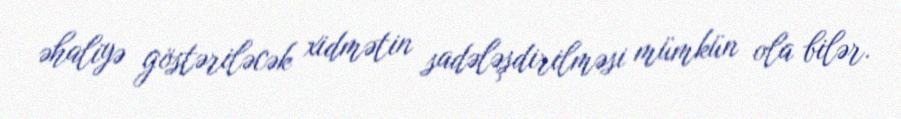
əhaliyə göstəriləcək xidmətin sadələşdirilməsi mümkün ola bilər.